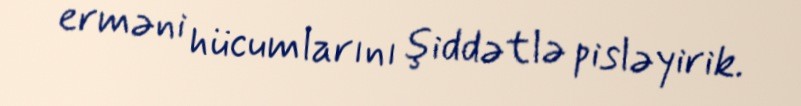
erməni hücumlarını şiddətlə pisləyirik.